Scottish Leaving Certificate Examination, 1960
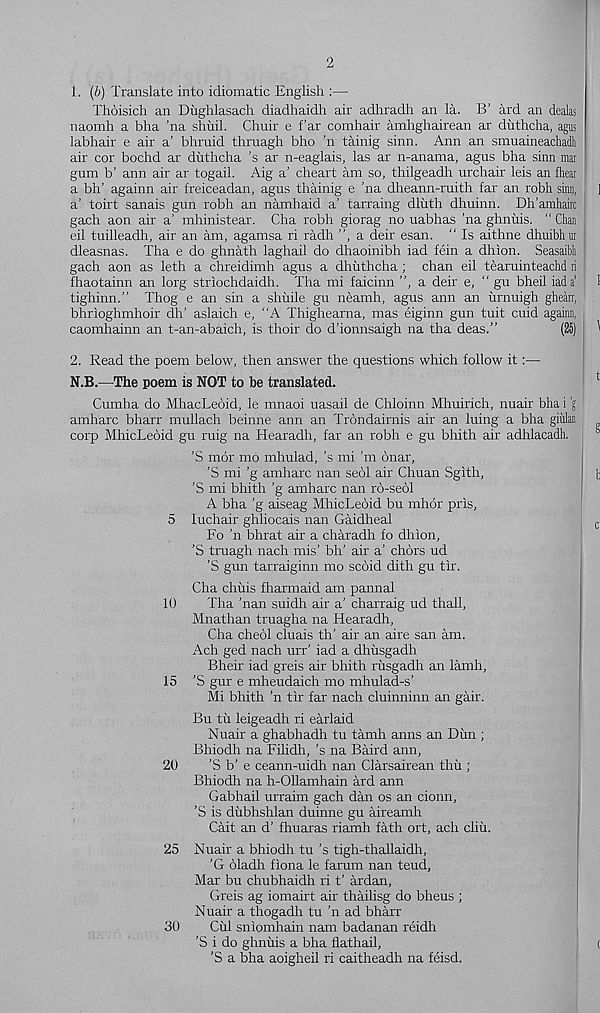
2
1. (b) Translate into idiomatic English :—
Thoisich an Dughlasach diadhaidh air adhradh an la. B’ ard an dealas
naomh a bha ’na shuil. Chuir e far comhair amhghairean ar duthcha, agus
labhair e air a’ bhruid thruagh bho ’n tainig sinn. Ann an smuaineachadli
air cor bochd ar duthcha ’s ar n-eaglais, las ar n-anama, agus bha sinn mar
gum b’ aim air ar togail. Aig a' cheart am so, thilgeadh urchair leis an {hear
a bh’ againn air freiceadan, agus thainig e ’na dheann-ruith far an robh sinn,
a’ toirt sanais gun robh an namhaid a’ tarraing dluth dhuinn. Dh’amhairc
gach aon air a’ mhinistear. Cha robh giorag no uabhas ’na ghnuis. " Chan
eil tuilleadh, air an am, agamsa ri radh ”, a deir esan. “ Is aithne dhuibhur
dleasnas. Tha e do ghnath laghail do dhaoinibh iad fein a dhion. Seasaibh
gach aon as leth a chreidimh agus a dhuthcha; chan eil tearuinteachd ri
fhaotainn an lorg striochdaidh. Tha mi faicinn ”, a deir e, “ gu bheil iad a 1
tighinn.” Thog e an sin a simile gu neamh, agus ann an urnuigh ghearr,
bhrioghmhoir dh’ aslaich e, ‘‘A Thighearna, mas eiginn gun tuit cuid againn,
caomhainn an t-an-abaich, is thoir do d’ionnsaigh na tha deas.”
(25)
2. Read the poem below, then answer the questions which follow it:—
N.B.—The poem is NOT to be translated.
Cumha do MhacLeoid, le mnaoi uasail de Chloinn Mhuirich, nuair bha i ’g
amharc bharr mullach beinne ann an Trondairnis air an luing a bha giirlan
corp MhicLeoid gu ruig na Hearadh, far an robh e gu bhith air adhlacadh.
’S mor mo mhulad, 's mi ’m onar,
’S mi ’g amharc nan seol air Chuan Sgith,
'S mi bhith ’g amharc nan rb-seol
A bha ’g aiseag MhicLeoid bu mhor pris,
5 luchair ghliocais nan Gaidheal
Fo 'n bhrat air a charadh fo dhion,
’S truagh nach mis’ bh’ air a’ chors ud
’S gun tarraiginn mo scoid dith gu tir.
Cha chuis fharmaid am pannal
10
Tha ’nan suidh air a’ charraig ud thall,
Mnathan truagha na Hearadh,
Cha cheol cluais th’ air an aire san am.
Ach ged nach urr' iad a dhiisgadh
Bheir iad greis air bhith rusgadh an lamh,
15 ’S gur e mheudaich mo mhulad-s’
Mi bhith ’n tir far nach cluinninn an gair.
Bu tii leigeadh ri earlaid
Nuair a ghabhadh tu tamh aims an Dim ;
Bhiodh na Filidh, ’s na Baird ann,
20
'S b’ e ceann-uidh nan Clarsairean thu ;
Bhiodh na h-OUamhain ard ann
Gabhail urraim gach dan os an cionn,
’S is ditbhshlan duinne gu aireamh
Cait an d’ fhuaras riamh fath ort, ach cliii.
25 Nuair a bhiodh tu’s tigh-thallaidh,
’G oladh fiona le farum nan teud.
Mar bu chubhaidh ri t’ ardan,
Greis ag iomairt air thailisg do bheus ;
Nuair a thogadh tu 'n ad bharr
30
Cul sniomhain nam badanan reidh
’S i do ghnuis a bha flathail,
'S a bha aoigheil ri caitheadh na feisd.